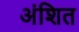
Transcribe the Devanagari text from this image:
अंशित